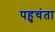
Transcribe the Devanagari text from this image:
पहुचंता